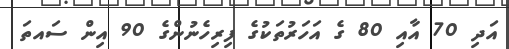
އަދި 70 އާއި 80 ގެ އަހަރުތަކުގެ ފިރިހެނުންގެ 90 އިން ސައތަ